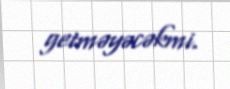
getməyəcəkmi.